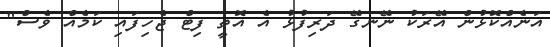
އަނެއްކޮޅުން އޭރަކު ނޭނގޭ ދަރިފުޅު އެ އޮތީ ފިޓް ޖެހިފައި ކަމެއް ވެސް"